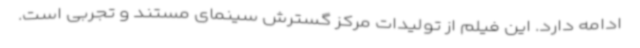
ادامه دارد. این فیلم از تولیدات مرکز گسترش سینمای مستند و تجربی است.